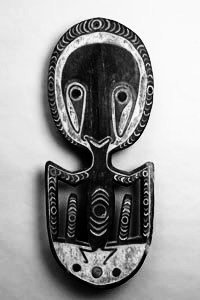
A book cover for Innocent Artists: Student Art from Papua New Guinea; Catherine Baker; Travel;